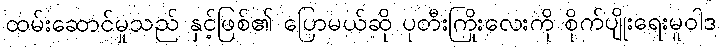
ထမ်းဆောင်မှုသည် နှင့်ဖြစ်၏ ပြောမယ်ဆို ပုတီးကြိုးလေးကို စိုက်ပျိုးရေးမူဝါဒ